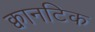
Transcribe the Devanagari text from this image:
क्वानटिक